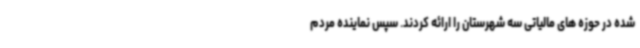
شده در حوزه های مالیاتی سه شهرستان را ارائه کردند. سپس نماینده مردم